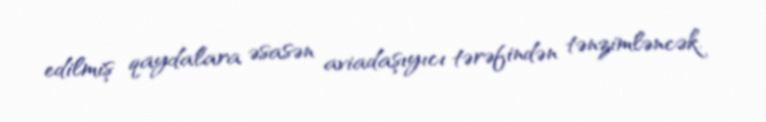
edilmiş qaydalara əsasən aviadaşıyıcı tərəfindən tənzimləncək.